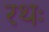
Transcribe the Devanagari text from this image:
रथः